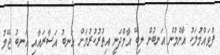
ފުވައްމުލަކު އާންމުން އަނބުން ލިބޭ އާމްދަނީ އިތުރުކުރުމަށް އަނބު އަސާރައާއި އަނބު ޖޭމު